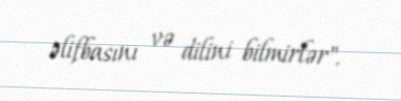
əlifbasını və dilini bilmirlər".